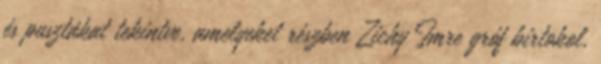
és pusztákat tekintve, amelyeket részben Zichy Imre gróf birtokol,